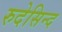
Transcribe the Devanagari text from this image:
रुदेसिन्द